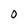
Character: 0